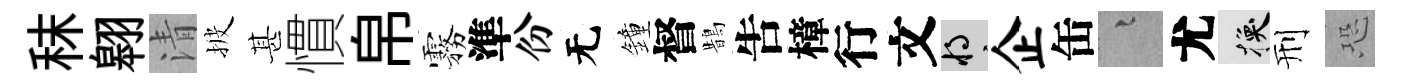
秣翱清披甚慣帛霧準份无鐘督鵲吿樟行文將企缶融尤换刑恐